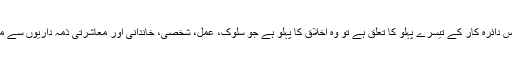
جہاں تک اس دائرہ کار کے تیسرے پہلو کا تعلق ہے تو وہ اخلاق کا پہلو ہے جو سلوک، عمل، شخصی، خاندانی اور معاشرتی ذمہ داریوں سے منسلک ہے ۔